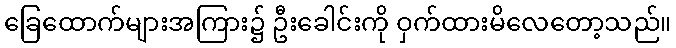
ခြေထောက်များအကြား၌ ဦးခေါင်းကို ဝှက်ထားမိလေတော့သည်။